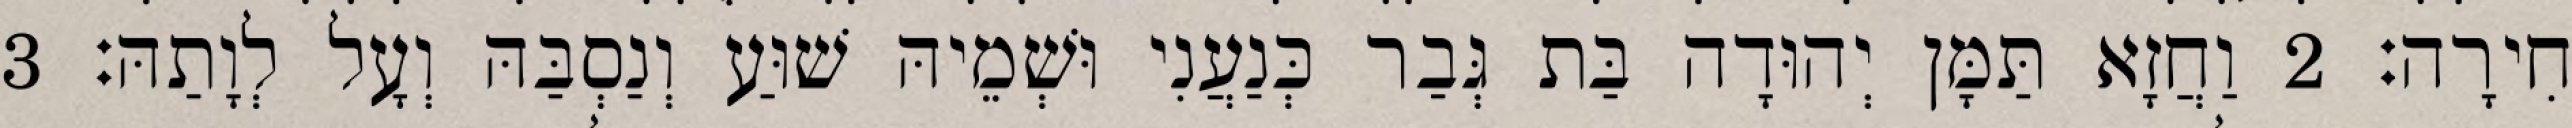
חִירָה׃ 2 וַחֲזָא תַּמָּן יְהוּדָה בַּת גְּבַר כְּנַעֲנִי וּשְׁמֵיהּ שׁוּעַ וְנַסְבַּהּ וְעָל לְוָתַהּ׃ 3